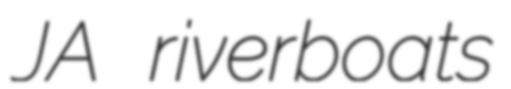
JA riverboats